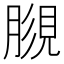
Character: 𧠿